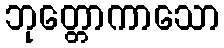
ဘုတ္တောကာသော